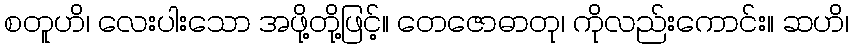
စတူဟိ၊ လေးပါးသော အဖို့တို့ဖြင့်။ တေဇောဓာတု၊ ကိုလည်းကောင်း။ ဆဟိ၊